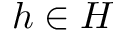
h \in H